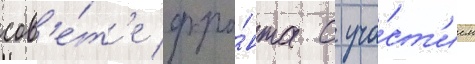
сов'е́т'е фро́нта с уча́ст'ием